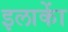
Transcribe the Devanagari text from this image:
इलाकाें